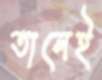
তালেই